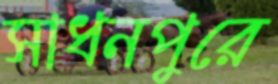
সাধনপুরে